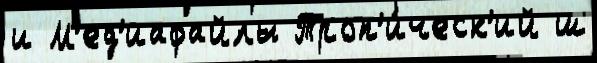
и М'ед'иафайлы Троп'и́ческ'ий ш